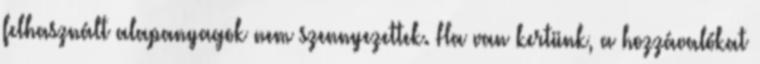
felhasznált alapanyagok nem szennyezettek. Ha van kertünk, a hozzávalókat